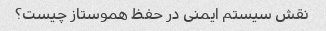
نقش سیستم ایمنی در حفظ هموستاز چیست؟